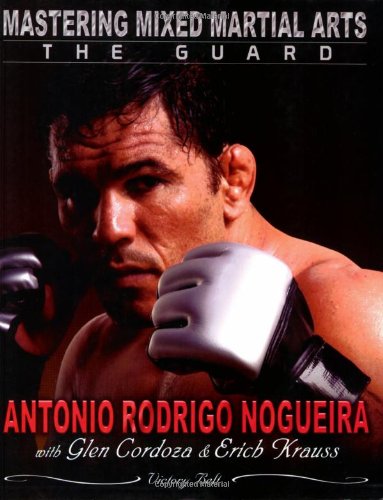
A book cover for Mastering Mixed Martial Arts: The Guard; Antonio Nogueira; Sports & Outdoors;